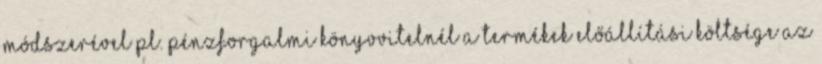
módszerével pl. pénzforgalmi könyvvitelnél A termékek előállítási költsége az